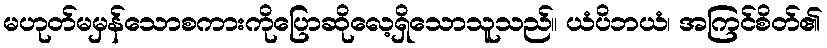
မဟုတ်မမှန်သောစကားကိုပြောဆိုလေ့ရှိသောသူသည်။ ယံပိဘယံ၊ အကြင်စိတ်၏